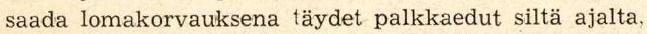
saada lomakorvauksena täydet palkkaedut siltä ajalta,